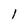
Character: 1